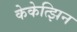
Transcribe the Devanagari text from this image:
केकेत्झिन